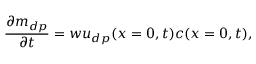
\frac { \partial m _ { d p } } { \partial t } = w u _ { d p } ( x = 0 , t ) c ( x = 0 , t ) ,